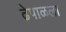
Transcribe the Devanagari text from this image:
ढेपाळला